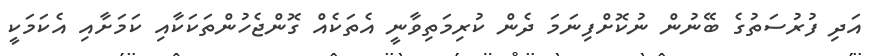
އަދި ފުރުސަތުގެ ބޭނުން ނުކޮށްފިނަމަ ދެން ކުރިމަތިވާނީ އެތަކެއް ގޮންޖެހުންތަކަކާއި ކަމަށާއި އެކަމަކީ